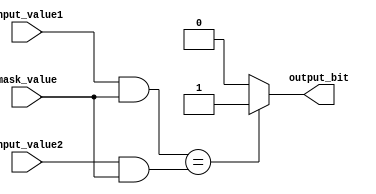
module masked_comparator (
    input [7:0] input_value1,
    input [7:0] input_value2,
    input [7:0] mask_value,
    output reg output_bit
);

reg [7:0] masked_value1;
reg [7:0] masked_value2;

always @ (*) begin
    masked_value1 = input_value1 & mask_value;
    masked_value2 = input_value2 & mask_value;
    
    if (masked_value1 == masked_value2) begin
        output_bit = 1'b1;
    end else begin
        output_bit = 1'b0;
    end
end

endmodule